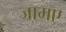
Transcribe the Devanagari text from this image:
जामए